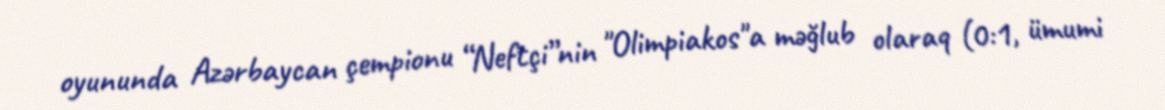
oyununda Azərbaycan çempionu “Neftçi”nin "Olimpiakos"a məğlub olaraq (0:1, ümumi